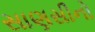
સાણસીનો